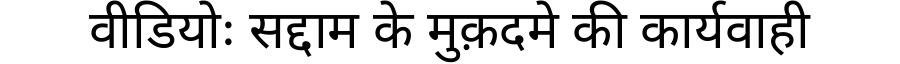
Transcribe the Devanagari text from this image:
वीडियोः सद्दाम के मुक़दमे की कार्यवाही